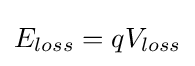
E_{loss}=qV_{loss}